Indian journal of veterinary science and animal husbandry - Volume 13,
Year: 1943
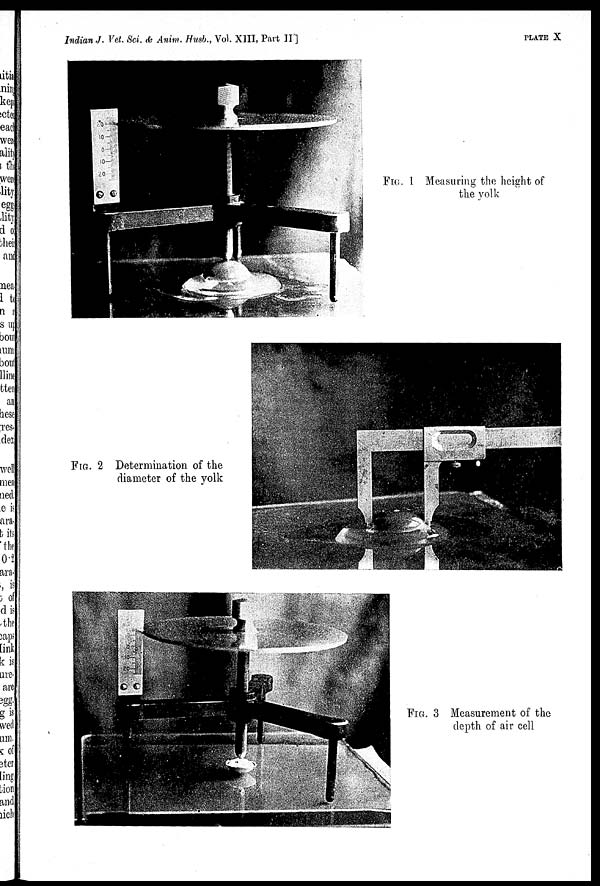
Indian J. Vet. Sci. & Anim. Husb., Vol. XIII, Part II]
PLATE X
FIG. 1 Measuring the height of
the yolk
FIG. 2 Determination of the
diameter of the yolk
FIG. 3 Measurement of the
depth of air cell